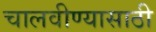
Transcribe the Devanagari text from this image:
चालवीण्यासाठी